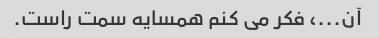
آن...، فکر می کنم همسایه سمت راست.